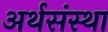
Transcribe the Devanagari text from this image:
अर्थसंस्था